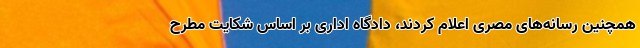
همچنین رسانه‌های مصری اعلام کردند، دادگاه اداری بر اساس شکایت مطرح